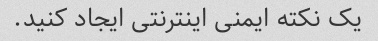
یک نکته ایمنی اینترنتی ایجاد کنید.